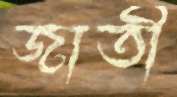
জাতী